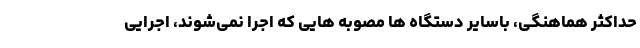
حداکثر هماهنگی، باسایر دستگاه ها مصوبه هایی که اجرا نمی‌شوند، اجرایی